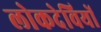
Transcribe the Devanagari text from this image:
लोकदेवियों